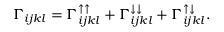
\Gamma _ { i j k l } = \Gamma _ { i j k l } ^ { \uparrow \uparrow } + \Gamma _ { i j k l } ^ { \downarrow \downarrow } + \Gamma _ { i j k l } ^ { \uparrow \downarrow } .